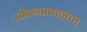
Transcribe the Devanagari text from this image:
जीवनप्रवाहाचा